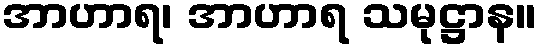
အာဟာရ၊ အာဟာရ သမုဋ္ဌာန။